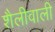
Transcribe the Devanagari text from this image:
शैलीवाली